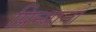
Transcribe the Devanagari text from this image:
प्रिन्यानो